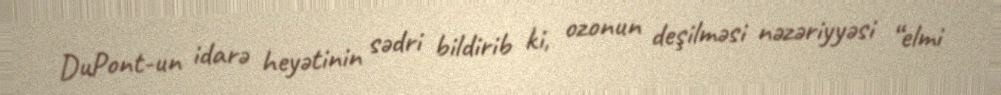
DuPont-un idarə heyətinin sədri bildirib ki, ozonun deşilməsi nəzəriyyəsi “elmi